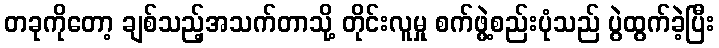
တခုကိုတော့ ချစ်သည့်အသက်တာသို့ တိုင်းလူမှု စက်ဖွဲ့စည်းပုံသည် ပွဲထွက်ခဲ့ပြီး